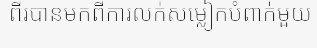
ពីរបានមកពីការលក់សម្លៀកបំពាក់មួយ